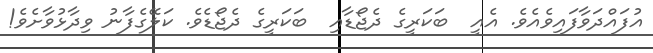
އުފައްދަވާފައިވެއެވެ. އެއީ  ބަކަރީގެ ދެޖޯޑާއި  ބަކަރީގެ ދެޖޯޑެވެ. ކަލޭގެފާނު ވިދާޅުވާށެވެ!